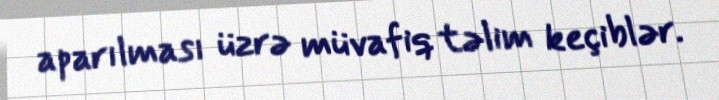
aparılması üzrə müvafiq təlim keçiblər.